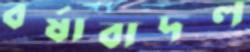
বর্ষাবাদল